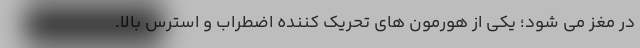
در مغز می شود؛ یکی از هورمون های تحریک کننده اضطراب و استرس بالا.